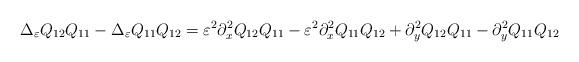
LaTeX: \begin{align*}\Delta_{\varepsilon}Q_{12}Q_{11}-\Delta_{\varepsilon}Q_{11}Q_{12}=\varepsilon^2\partial_x^2Q_{12}Q_{11}-\varepsilon^2\partial_x^2Q_{11}Q_{12}+\partial_y^2Q_{12}Q_{11}-\partial_y^2Q_{11}Q_{12}\end{align*}